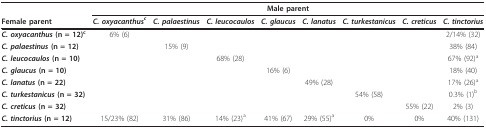
|  | <COLSPAN=8> Male parent |
 | Female parent | C. oxyacanthusc | C. palaestinus | C. leucocaulos | C. glaucus | C. lanatus | C. turkestanicus | C. creticus | C. tinctorius |
 | --- | --- | --- | --- | --- | --- | --- | --- | --- |
 | C. oxyacanthus (n = 12)c | 6% (6) |  |  |  |  |  |  | 2/14% (32) |
 | C. palaestinus (n = 12) |  | 15% (9) |  |  |  |  |  | 38% (84) |
 | C. leucocaulos (n = 10) |  |  | 68% (28) |  |  |  |  | 67% (92)a |
 | C. glaucus (n = 10) |  |  |  | 16% (6) |  |  |  | 18% (40) |
 | C. lanatus (n = 22) |  |  |  |  | 49% (28) |  |  | 17% (26)a |
 | C. turkestanicus (n = 32) |  |  |  |  |  | 54% (58) |  | 0.3% (1)b |
 | C. creticus (n = 32) |  |  |  |  |  |  | 55% (22) | 2% (3) |
 | C. tinctorius (n = 12) | 15/23% (82) | 31% (86) | 14% (23)a | 41% (67) | 29% (55)a | 0% | 0% | 40% (131) |